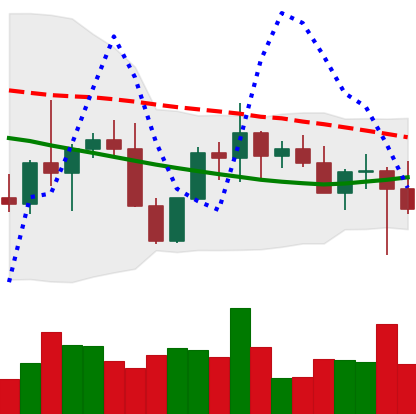
Ticker: XMR-USD
Chart end date: 2022-10-14
Forward return: 3.229%
Label: up_3_5